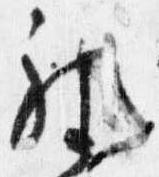
被